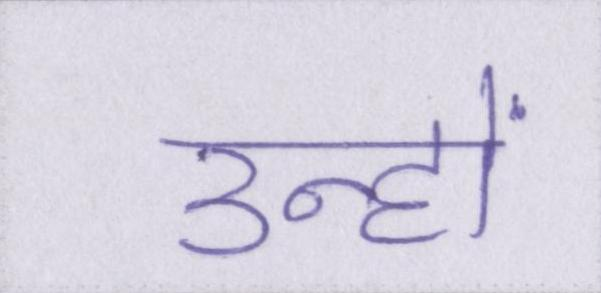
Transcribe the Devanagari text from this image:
उन्हों